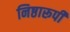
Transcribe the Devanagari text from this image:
निष्ठारूपी